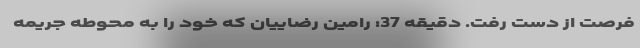
فرصت از دست رفت. دقیقه 37: رامین رضاییان که خود را به محوطه جریمه